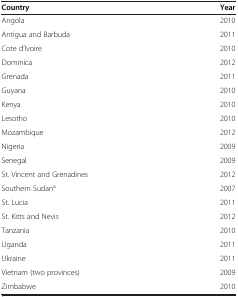
| Country | Year |
 | --- | --- |
 | Angola | 2010 |
 | Antigua and Barbuda | 2011 |
 | Cote d’Ivoire | 2010 |
 | Dominica | 2012 |
 | Grenada | 2011 |
 | Guyana | 2010 |
 | Kenya | 2010 |
 | Lesotho | 2010 |
 | Mozambique | 2012 |
 | Nigeria | 2009 |
 | Senegal | 2009 |
 | St. Vincent and Grenadines | 2012 |
 | Southern Sudana | 2007 |
 | St. Lucia | 2011 |
 | St. Kitts and Nevis | 2012 |
 | Tanzania | 2010 |
 | Uganda | 2011 |
 | Ukraine | 2011 |
 | Vietnam (two provinces) | 2009 |
 | Zimbabwe | 2010 |